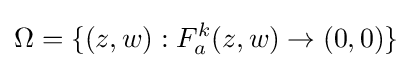
\Omega =\{(z,w):F_{a}^{k}(z,w)\to (0,0)\}